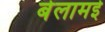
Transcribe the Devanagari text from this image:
बेलामई